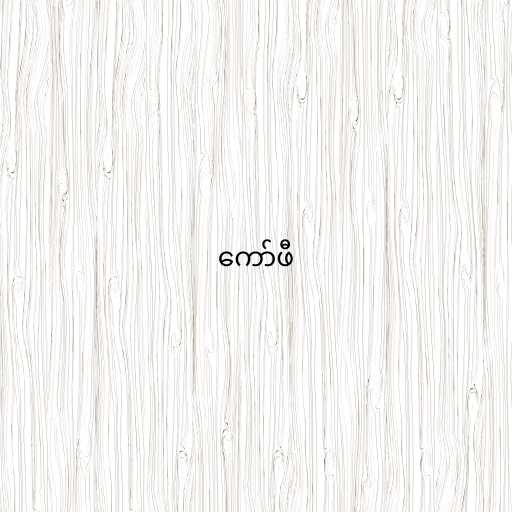
ကော်ဖီ